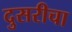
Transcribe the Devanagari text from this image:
दुसरीचा